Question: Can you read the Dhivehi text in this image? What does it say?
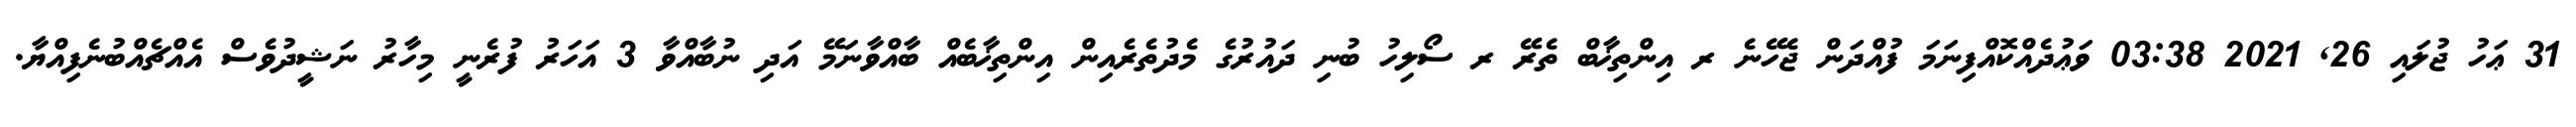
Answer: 31 ޢަހު ޖުލައި 26, 2021 03:38 ވަޢުދެއްކޮއްފިނަމަ ފުއްދަން ޖެހޭނެ ރ އިންތިޚާބް ތެރޭ ރ ސޯލިހު ބުނި ދައުރުގެ މެދުތެރެއިން އިންތިޚާބެއް ބާއްވާނަމޭ އަދި ނުބާއްވާ 3 އަހަރު ފުރެނީ މިހާރު ނަޝީދުވެސް އެއްޗެއްބުނެފިއްޔާ.